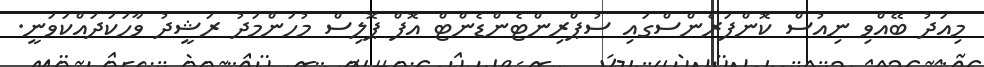
މިއަދު ބޭއްވި ނިއުސް ކޮންފަރެންސްގައި ސުޕްރިންޓެންޑެންޓް އޮފް ޕޮލިސް މުހަންމަދު ރަޝީދު ވާހަކަދައްކަވަނީ.